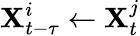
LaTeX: \mathbf{X}_{t-\tau}^{i}\leftarrow\mathbf{X}_{t}^{j}